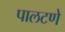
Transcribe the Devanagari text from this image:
पालटणे